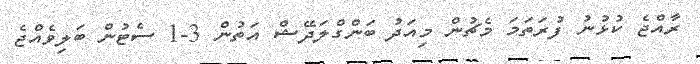
ރާއްޖެ ކުޅުނު ފުރަތަމަ މެޗުން މިއަދު ބަންގްލަދޭޝް އަތުން 3-1 ސެޓުން ބަލިވެއްޖެ